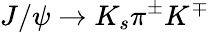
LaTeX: J/\psi\to K_{s}\pi^{\pm}K^{\mp}